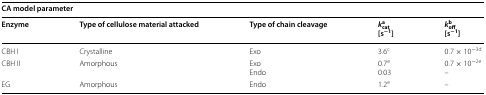
<table><thead><tr><td colspan="5"><b>CA model parameter</b></td></tr><tr><td><b>Enzyme</b></td><td><b>Type of cellulose material attacked</b></td><td><b>Type of chain cleavage</b></td><td><b><i>k</i><sub>cat</sub><sup>a</sup>[s<sup>−1</sup>]</b></td><td><b><i>k</i><sub>off</sub><sup>b</sup>[s<sup>−1</sup>]</b></td></tr></thead><tbody><tr><td>CBH I</td><td>Crystalline</td><td>Exo</td><td>3.6<sup>c</sup></td><td>0.7 × 10<sup>−3d</sup></td></tr><tr><td>CBH II</td><td>Amorphous</td><td>ExoEndo</td><td>0.7<sup>e</sup>0.03</td><td>0.7 × 10<sup>−2e</sup>–</td></tr><tr><td>EG</td><td>Amorphous</td><td>Endo</td><td>1.2<sup>e</sup></td><td>–</td></tr></tbody></table>